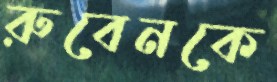
রুবেনকে